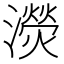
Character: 濙